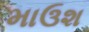
માઉશ